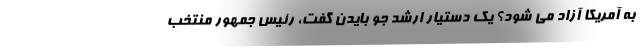
به آمریکا آزاد می شود؟ یک دستیار ارشد جو بایدن گفت، رئیس جمهور منتخب